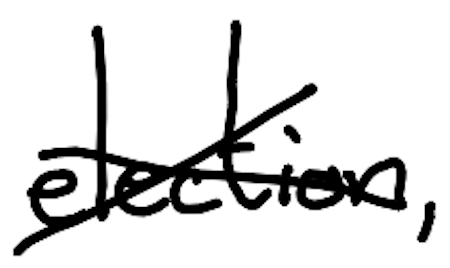
Text: election,
Cross-out: cross
Writing tool: digital_black